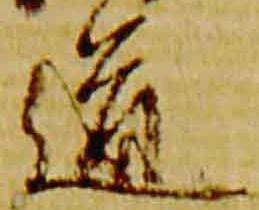
道